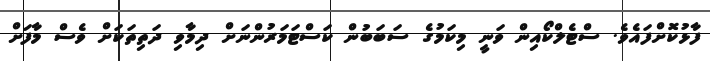
ފާޅުކޮށްފައެވެ. ސްޓެލްކޯއިން ވަނީ މިކަމުގެ ސަބަބުން ކަސްޓަމަރުންނަށް ދިމާވި ދަތިތަކަށް ވެސް މާފަށް